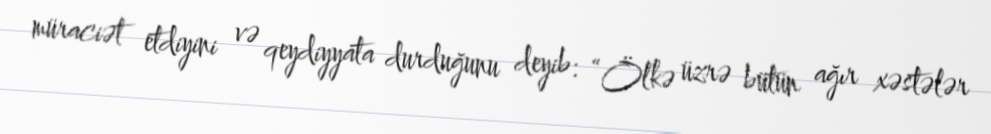
müraciət etdiyini və qeydiyyata durduğunu deyib: “Ölkə üzrə bütün ağır xəstələr